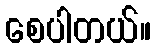
စေပါတယ်။